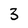
Character: 3